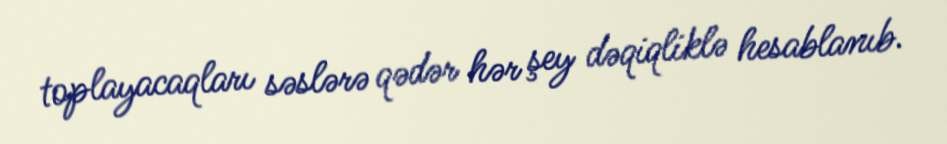
toplayacaqları səslərə qədər hər şey dəqiqliklə hesablanıb.